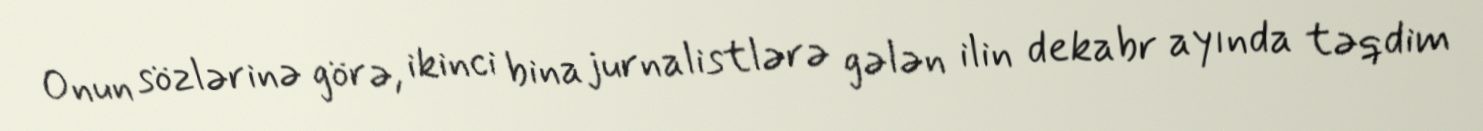
Onun sözlərinə görə, ikinci bina jurnalistlərə gələn ilin dekabr ayında təqdim